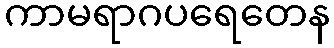
ကာမရာဂပရေတေန